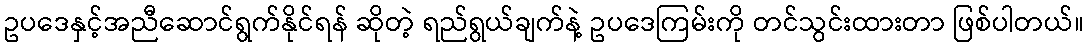
ဥပဒေနှင့်အညီဆောင်ရွက်နိုင်ရန် ဆိုတဲ့ ရည်ရွယ်ချက်နဲ့ ဥပဒေကြမ်းကို တင်သွင်းထားတာ ဖြစ်ပါတယ်။